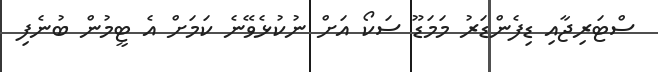
ސްޓަރިޖާއި ޑިފެންޑަރު މަމަޑޫ ސަކޯ އަށް ނުކުޅެވޭނެ ކަމަށް އެ ޓީމުން ބުނެފި